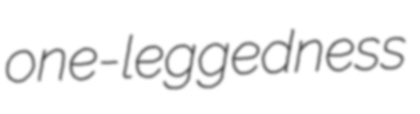
one-leggedness